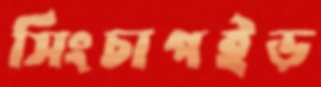
সিংচাপইড়